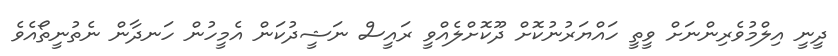
ދީނީ އިލްމުވެރިންނަށް ވީތީ ހައްޔަރުނުކޮށް ދޫކޮށްލެއްވީ ރައީސް ނަޝީދުކަން އެމީހުން ހަނދާން ނެތުނީތޯއެވެ